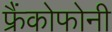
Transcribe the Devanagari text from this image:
फ्रैंकोफोनी